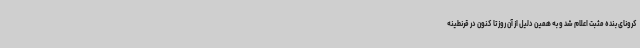
کرونای بنده مثبت اعلام شد و به همین دلیل از آن روز تا کنون در قرنطینه